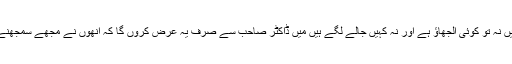
مجھ میں اور چاہے جو بھی خامیاں ہوں لیکن میرے ذہن میں نہ تو کوئی الجھاؤ ہے اور نہ کہیں جالے لگے ہیں میں ڈاکٹر صاحب سے صرف یہ عرض کروں گا کہ انھوں نے مجھے سمجھنے کی کوشش نہیں کی ورنہ ان کو کوئی تضاد نظر نہیں آتا۔